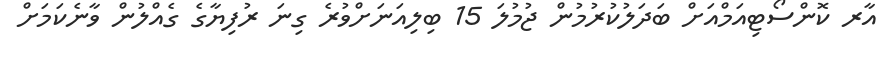
އާރ ކޮންސޯޓިއަމްއަށް ބަދަލުކުރުމުން ޖުމުލަ 15 ބިލިއަނަށްވުރެ ގިނަ ރުފިޔާގެ ގެއްލުން ވާނެކަމަށް